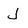
Character: J